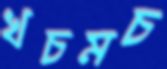
খচমচ